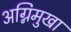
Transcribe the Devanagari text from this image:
अग्निमुखा